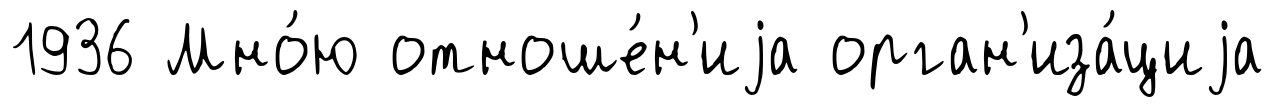
1936 Мно́ю отноше́н'иjа орган'иза́циjа